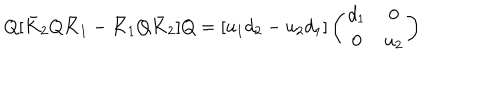
Q [ \bar { K } _ { 2 } Q \bar { K } _ { 1 } - \bar { K } _ { 1 } Q \bar { K } _ { 2 } ] Q = [ u _ { 1 } d _ { 2 } - u _ { 2 } d _ { 1 } ] \left( \begin{array} { c c } { { d _ { 1 } } } & { { 0 } } \\ { { 0 } } & { { u _ { 2 } } } \\ \end{array} \right)